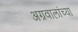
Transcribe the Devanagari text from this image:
अग्रवालांच्या